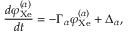
\frac { d \varphi _ { \mathrm { X e } } ^ { ( \alpha ) } } { d t } = - \Gamma _ { \alpha } \varphi _ { \mathrm { X e } } ^ { ( \alpha ) } + \Delta _ { \alpha } ,